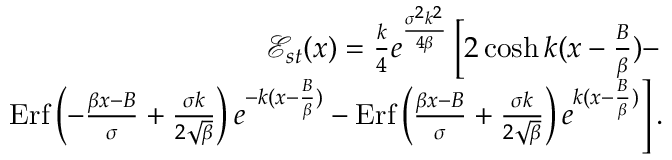
\begin{array} { r l r } & { } & { { \mathcal E } _ { s t } ( x ) = \frac { k } { 4 } e ^ { \frac { \sigma ^ { 2 } k ^ { 2 } } { 4 \beta } } \left[ 2 \cosh k ( x - \frac { B } { \beta } ) - \right. } \\ & { } & { \left. \mathrm { E r f } \left( - \frac { \beta x - B } { \sigma } + \frac { \sigma k } { 2 \sqrt { \beta } } \right) e ^ { - k ( x - \frac { B } { \beta } ) } - \mathrm { E r f } \left( \frac { \beta x - B } { \sigma } + \frac { \sigma k } { 2 \sqrt { \beta } } \right) e ^ { k ( x - \frac { B } { \beta } ) } \right] . } \end{array}